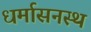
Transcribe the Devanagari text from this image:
धर्मासनस्थ